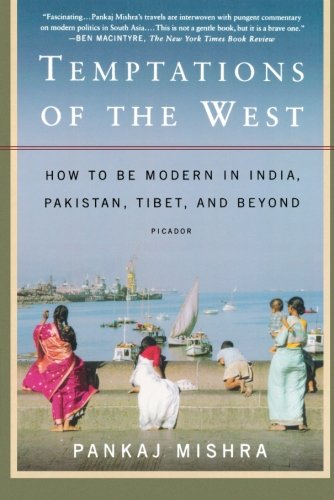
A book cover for Temptations of the West: How to Be Modern in India, Pakistan, Tibet, and Beyond; Pankaj Mishra; Travel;